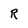
Character: R